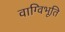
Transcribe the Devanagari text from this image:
वाग्विभूति